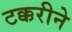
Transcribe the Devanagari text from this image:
टक्करीने